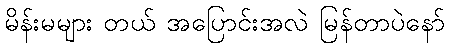
မိန်းမများ တယ် အပြောင်းအလဲ မြန်တာပဲနော်